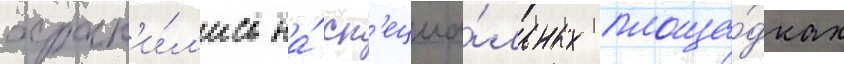
хран'и́л'ись на́ сп'ециа́льных площа́дках